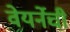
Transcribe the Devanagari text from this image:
वेयर्नेची